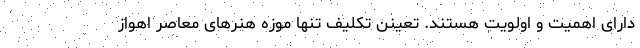
دارای اهمیت و اولویت هستند. تعینن تکلیفِ تنها موزه هنرهای معاصر اهواز